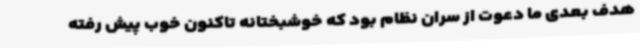
هدف بعدی ما دعوت از سران نظام بود که خوشبختانه تاکنون خوب پیش رفته